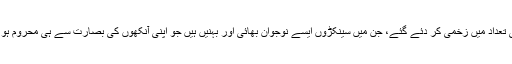
ہزاروں کی تعداد میں زخمی کر دئے گئے، جن میں سینکڑوں ایسے نوجوان بھائی اور بہنیں ہیں جو اپنی آنکھوں کی بصارت سے ہی محروم ہو چکے ہیں۔